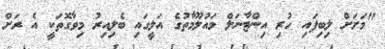
"މަށަށް ލިބިފައި ހުރި އިންޓާނަލް މައުލޫމާތުގެ އަލީގައި ބެލިއިރު މިވާގޮތަކީ އެ ރަށް